Lunatic asylums Madras 1892-1911 - 1892-1911
Year: 1892
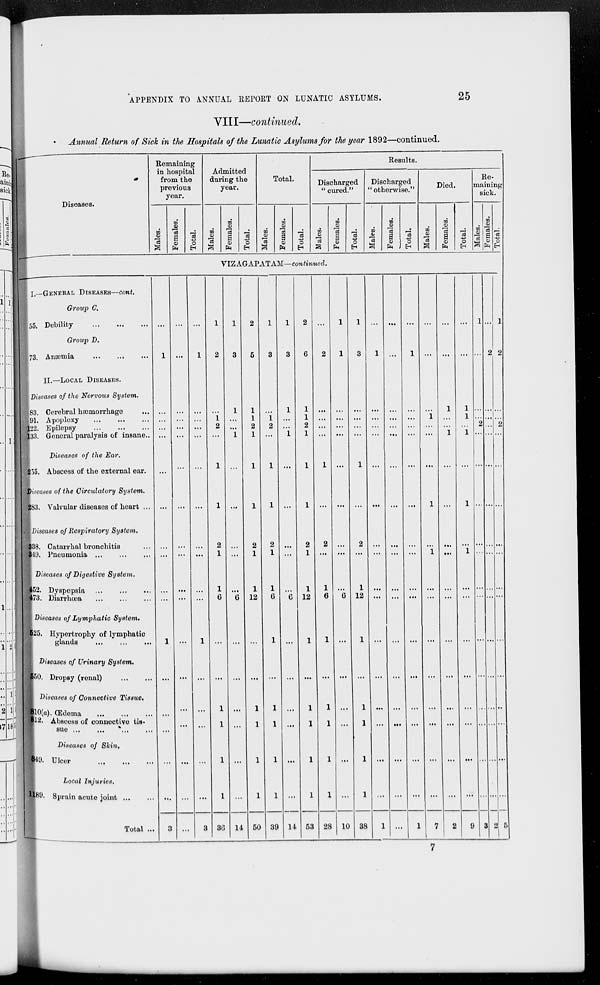
APPENDIX TO ANNUAL REPORT ON LUNATIC ASYLUMS.
25
VIII—continued.
Annual Return of Sick in the Hospitals of the Lunatic Asylums for the year 1892—continued.
Diseases.
Remaining
in hospital
from the
previous
year.
Males.
Females.
Total.
Admitted
during the
year.
Males.
Females.
Total.
Total.
Males.
Females.
Total.
Results.
Discharged
" cured."
Males.
Females.
Total.
Discharged
" otherwise."
Males.
Females.
Total.
Died.
Males.
Females.
Total.
Re-
maining
sick.
Males.
Females.
Total.
VIZAGAPATAM—continued.
I—GENERAL DISEASES—cont.
Group C.
55. Debility
...
...
...
Group D.
73. Anæmia
...
...
...
II.—LOCAL DISEASES.
Diseases of the Nervous System.
83. Cerebral hæmorrhage ...
91. Apoplexy
...
...
...
122. Epilepsy
...
...
...
133. General paralysis of insane ...
Diseases of the Ear.
255. Abscess of the external ear.
Diseases of the Circulatory System.
283. Valvular diseases of heart ...
Diseases of Respiratory System.
338. Catarrhal bronchitis ...
349. Pneumonia ... ... ...
Diseases of Digestive System.
452. Dyspepsia
...
...
...
473. Diarrhœa
Diseases of Lymphatic System.
525. Hypertrophy of lymphatic
glands
...
...
...
Diseases of Urinary System.
550. Dropsy (renal)
...
...
Diseases of Connective Tissue.
810(a).
Œdema
...
...
...
812. Abscess of connective tis-
sue ... ... ... ...
Diseases of Shin.
849. Ulcer
...
...
...
Local Injuries.
1189. Sprain acute joint
...
...
Total ...
...
1
...
...
...
...
...
...
...
...
...
...
1
...
...
...
...
...
3
...
...
...
...
...
...
...
...
...
...
...
...
...
...
...
...
...
...
...
...
1
...
...
...
...
...
...
...
...
...
...
1
...
...
...
...
...
3
1
2
...
1
2
...
1
1
2
1
1
6
...
...
1
1
1
1
36
1
3
1
...
...
1
...
...
...
...
...
6
...
...
...
...
...
...
14
2
5
1
1
2
1
1
1
2
1
1
12
...
...
1
1
1
1
50
1
3
...
1
2
...
1
1
2
1
1
6
1
...
1
1
1
1
39
1
3
1
...
...
1
...
...
...
...
...
6
...
...
...
...
...
...
14
2
6
1
1
2
1
1
1
2
1
1
12
1
...
1
1
1
1
53
...
2
...
...
...
...
1
...
2
...
1
6
1
...
1
1
1
1
28
1
1
...
...
...
...
...
...
...
...
...
6
...
...
...
...
...
...
10
1
3
...
...
...
...
1
...
2
...
1
12
1
...
1
1
...
1
1
38
...
1
...
...
...
...
...
...
...
...
...
...
...
...
...
...
...
...
1
...
...
...
...
...
...
...
...
...
...
...
...
...
...
...
...
...
...
...
...
1
...
...
...
...
...
...
...
...
...
...
...
...
...
...
...
...
1
...
...
...
1
...
...
...
1
...
1
...
...
...
...
...
...
...
...
7
...
...
1
...
...
1
...
...
...
...
...
...
...
...
...
...
...
...
2
...
...
1
1
...
1
...
1
...
1
...
...
...
...
...
...
...
...
9
1
...
...
...
2
...
...
...
...
...
...
...
...
...
...
...
...
...
3
...
2
...
...
...
...
...
...
...
...
...
...
...
...
...
...
...
...
2
1
2
...
...
2
...
...
...
...
...
...
...
...
...
...
...
...
...
5
7